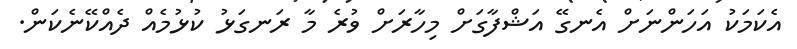
އެކަމަކު އަހަންނަށް އެނގޭ އަޝްފާގަށް މިހާރަށް ވުރެ މާ ރަނގަޅު ކުޅުމެއް ދެއްކޭނެކަން.